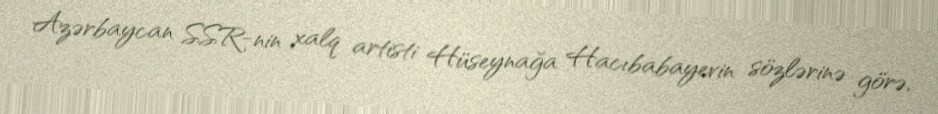
Azərbaycan SSR-nin xalq artisti Hüseynağa Hacıbabayevin sözlərinə görə,